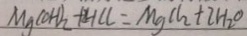
M g ( O H ) _ { 2 } + H C l = M g C l _ { 2 } + 2 H _ { 2 } O